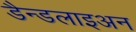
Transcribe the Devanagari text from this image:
डैन्डलाइअन